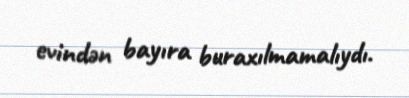
evindən bayıra buraxılmamalıydı.